Leaving Certificate Examination (including Day School Certificate (Higher) General paper), 1935
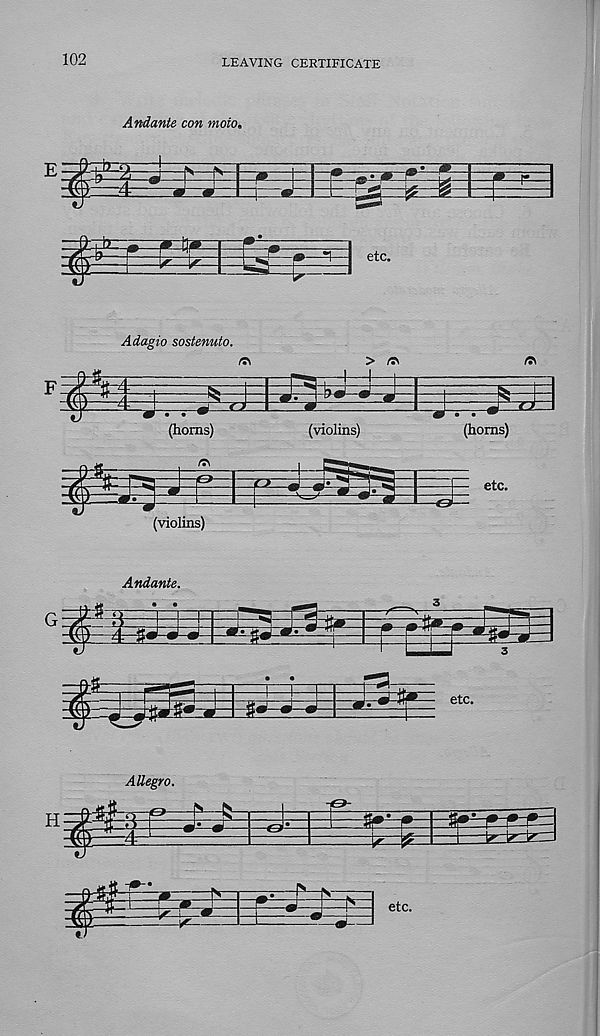
102
LEAVING CERTIFICATE
Andante con moio.
f
^ "
etc.
Adagio sostenuto.
fa
> fa
fa
33
m..*
(horns)
(violins)
(violins)
(horns)
etc.
Andante.
1-.^^ r
5*
=P=1=
= g<^
J g 81^11 etc.
Allegro.